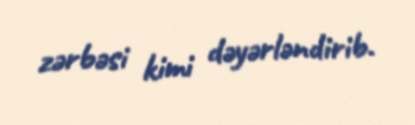
zərbəsi kimi dəyərləndirib.